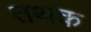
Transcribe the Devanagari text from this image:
तथक